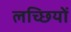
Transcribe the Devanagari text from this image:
लच्छियों